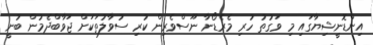
އިންޑޮނީޝިޔާގައި މި ވަގުތު ހުރި މެރެޑޯނާ ނޫސްވެރިން ކުރި ސުވާލުތަކަށް ޖަވާބްދެމުން ބުނީ